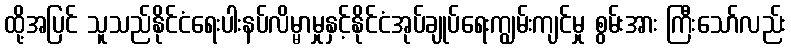
ထို့အပြင် သူသည်နိုင်ငံရေးပါးနပ်လိမ္မာမှုနှင့်နိုင်ငံအုပ်ချုပ်ရေးကျွမ်းကျင်မှု စွမ်းအား ကြီးသော်လည်း